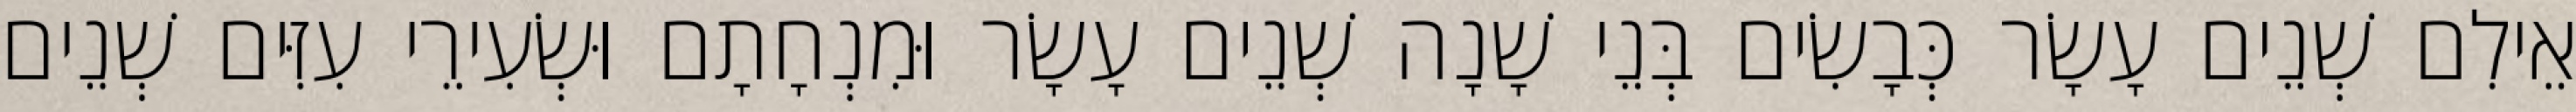
אֵילִם שְׁנֵים עָשָׂר כְּבָשִׂים בְּנֵי שָׁנָה שְׁנֵים עָשָׂר וּמִנְחָתָם וּשְׂעִירֵי עִזִּים שְׁנֵים